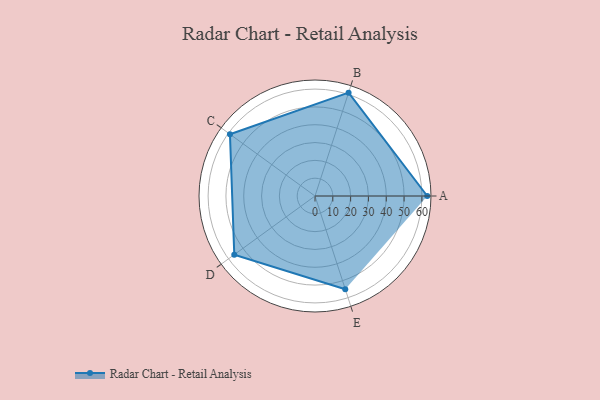
{"axis": {"x": "Skill", "y": "Score"}, "legend": ["Profile"], "data": [{"x": "A", "y": 63.0, "type": "Profile"}, {"x": "B", "y": 61.0, "type": "Profile"}, {"x": "C", "y": 59.0, "type": "Profile"}, {"x": "D", "y": 56.0, "type": "Profile"}, {"x": "E", "y": 55.0, "type": "Profile"}]}